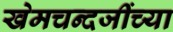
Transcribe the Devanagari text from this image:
खेमचन्दजींच्या